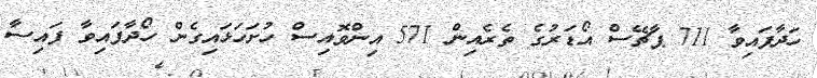
ހަދާފައިވާ 711 ޕާޗޭސް އޯޑަރުގެ ތެރެއިން 571 އިންވޮއިސް ހުށަހަޅައިގެން ހޯދާފައިވާ ފައިސާ